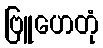
ဗြူဟေတုံ